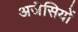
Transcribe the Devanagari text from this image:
अजैसियों